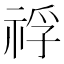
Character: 𥚀